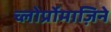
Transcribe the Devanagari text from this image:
च्लोर्प्रोमाज़िने